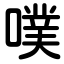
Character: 噗